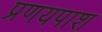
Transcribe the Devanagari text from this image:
प्रणयपाश